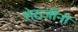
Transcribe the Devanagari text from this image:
शेठजींनी